Indian journal of veterinary science and animal husbandry - Volume 14,
Year: 1944
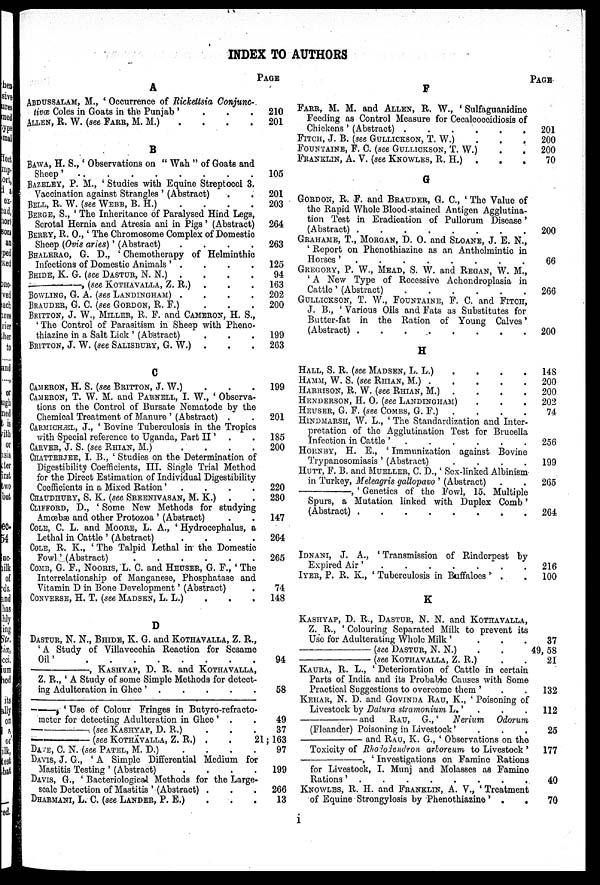
INDEX TO AUTHORS
A
ABDUSSALAM, M., ' Occurrence of Rickettsia Conjunc-
tivœ Coles in Goats in the Punjab ' . . .
ALLEN, R. W. (see FARR, M. M.) . . . .
B
BAWA, H. S., 'Observations on "Wah" of Goats and
Sheep'
BAZELEY, P. M., ' Studies with Equine Streptocci 3.
Vaccination against Strangles' (Abstract)
BELL, R. W. (see WEBB, B. H.)
.
.
.
.
BERGE, S., 'The Inheritance of Paralysed Hind Legs,
Scrotal Hernia and Atresia ani in Pigs' (Abstract)
BERRY, R. O., 'The Chromosome Complex of Domestic
Sheep (Ovis aries)' (Abstract)
.
.
.
.
BHALERAO, G. D., 'Chemotherapy of Helminthic
Infections of Domestic Animals' . . . .
BHIDE, K. G. (see DASTUR, N. N.) . . . .
—,
(see KOTHAVALLA, Z. R.) . . . .
BOWLING, G. A. (see LANDINGHAM) .
.
.
.
BRAUDER, G. C. (see GORDON, R. F.) . . . .
BRITTON, J. W., MILLER, R. F. and CAMERON, H. S.,
'The Control of Parasitism in Sheep with Pheno-
thiazine in a Salt Lick' (Abstract) . . .
BRITTON, J. W. (see SALISBURY, G. W.) . . .
C
CAMERON, H. S. (see BRITTON, J. W.) . . .
CAMERON, T. W. M. and PARNELL, I. W., 'Observa-
tions on the Control of Bursate Nematode by the
Chemical Treatment of Manure' (Abstract) . .
CARMICHÆL, J., 'Bovine Tuberculosis in the Tropics
with Special reference to Uganda, Part II' . .
CAEVER, J. S. (see RHIAN, M.)
.
.
.
.
CHATTERJEE, I. B., 'Studies on the Determination of
Digestibility Coefficients, III. Single Trial Method
for the Direct Estimation of Individual Digestibility
Coefficients in a Mixed Ration' . . . .
CHAUDHURY, S. K. (see SREENIVASAN, M. K.) . .
CLIFFORD, D., 'Some New Methods for studying
Amœbæ and other Protozoa' (Abstract) . .
COLE, C. L. and MOORE, L. A., 'Hydrocephalus, a
Lethal in Cattle' (Abstract)
.
.
.
.
COLE, R. K., 'The Talpid Lethal in the Domestic
Fowl' (Abstract)
COMB, G. F., NOORIS, L. C. and HEUSER, G. F., 'The
Interrelationship of Manganese, Phosphatase and
Vitamin D in Bone Development' (Abstract) .
CONVERSE, H. T. (see MADSEN, L. L.) . . .
D
DASTUR, N. N., BHIDE, K. G. and KOTHAVALLA, Z. R.,
'A Study of Villavecchia Reaction for Sesame
Oil'
——,
KASHYAP,
D. R. and KOTHAVALLA,
Z. R., 'A Study of some Simple Methods for detect-
ing Adulteration in Ghee' .
.
.
.
.
——— 'Use of Colour Fringes in Butyro-refracto
meter for detecting Adulteration in Ghee' . .
——
(see KASHYAP, D. R.)
.
.
.
——
(see KOTHAVALLA, Z. R.) . . . .
DAVE, C. N. (see PATEL, M. D.) . . . . .
DAVIS, J. G., 'A Simple Differential Medium for
DAVIS, G., 'Bacteriological Methods for the Large-
DHARMANI, L. C. (see LANDER, P. E.)
PAGE
210
201
105
201
203
264
263
125
94
163
202
200
199
263
199
201
185
200
220
230
147
264
265
74
148
94
58
49
37
21; 163
97
199
266
13
F
FARR, M. M. and ALLEN, R. W., 'Sulfaguanidine
Feeding as Control Measure for Cecalcoccidiosis of
Chickens' (Abstract) .
.
.
.
.
.
FITCH, J. B. (see GULLICKSON, T. W.) . . .
FOUNTAINE, F. C. (see GULLICKSON, T. W.)
.
.
FRANKLIN, A. V. (see KNOWLES, R. H.) . . .
G
GORDON, R. F. and BRAUDER, G. C., 'The Value of
the Rapid Whole Blood-stained Antigen Agglutina-
tion Test in Eradication of Pullorum Disease'
(Abstract)
GRAHAME, T., MORGAN, D. O. and SLOANE, J. E. N.,
'Report on Phenothiazine as an Anthelmintic in
Horses'
.
.
.
.
.
.
.
.
GREGORY, P. W., MEAD, S. W. and REGAN, W. M.,
'A New Type of Recessive Achondroplasia in
Cattle' (Abstract)
.
.
.
.
.
.
GULLICKSON, T. W., FOUNTAINE, F. C. and FITCH,
J. B., 'Various Oils and Fats as Substitutes for
Butter-fat in the Ration of Young Calves'
(Abstract) .
.
.
.
.
.
.
.
H
HALL, S. R. (see MADSEN, L. L.) . . . .
HAMM, W. S. (see RHIAN, M.)
HARRISON, R. W. (see RHIAN, M.) .
.
.
.
HENDERSON, H. O. (see LANDINGHAM) . . . .
HEUSER, G. F. (see COMBS, G. F.) . . . .
HINDMARSH, W. L., 'The Standardization and Inter-
pretation of the Agglutination Test for Brucella
Infection in Cattle '
.
.
.
.
.
.
HORNBY, H. E., 'Immunization against Bovine
Trypanosomiasis' (Abstract)
.
.
.
.
HUTT, F. B. and MUELLER, C. D.,' Sex-linked Albinism
in Turkey, Meleagris gallopavo' (Abstract)
——,
' Genetics of the Fowl, 15. Multiple
Spurs, a Mutation linked with Duplex Comb'
(Abstract) . .....
IDNANI, J. A., 'Transmission of Rinderpest by
Expired Air'
.
.
.
.
.
.
.
IYER, P. R. K., 'Tuberculosis in Buffaloes' .
K
KASHYAP, D. R., DASTUR, N. N. and KOTHAVALLA,
Z. R., 'Colouring Separated Milk to prevent its
Use for Adulterating Whole Milk'
.
.
.
—— (see DASTUR, N. N.) . . .
—— (see KOTHAVALLA, Z. R.) . .
KAURA, R. L., 'Deterioration of Cattle in certain
Parts of India and its Probable Causes with Some
Practical Suggestions to overcome them' . .
KEHAR, N. D. and GOVINDA RAU, K., 'Poisoning of
Livestock by Daiura stramonium L ' . . .
—— and RAU, G., ' Nerium Odorum
(Fleander) Poisoning in Livestock' . . .
—— and RAU, K. G., 'Observations on the
Toxicity of Rhododendron arboreum to Livestock'
——, 'Investigations on Famine Rations
for Livestock, I. Munj and Molasses as Famine
Rations' .
KNOWLES, R. H. and FRANKLIN, A. V., 'Treatment
of Equine Strongylosis by Phenothiazine ' .
.
PAGE
201
200
200
70
200
66
266
200
148
200
200
202
74
256
199
265
264
216
100
37
49, 58
21
132
112
25
177
40
70